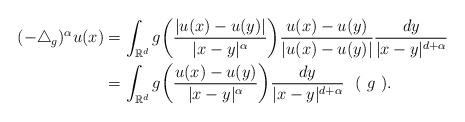
LaTeX: \begin{align*}(-\triangle_{g})^{\alpha}u(x)&=\int_{\mathbb{R}^{d}} g\bigg{(}\frac{|u(x)-u(y)|}{|x-y|^{\alpha}}\bigg{)}\frac{u(x)-u(y)}{|u(x)-u(y)|}\frac{dy}{|x-y|^{d+\alpha}}\\&= \int_{\mathbb{R}^{d}} g\bigg{(}\frac{u(x)-u(y)}{|x-y|^{\alpha}}\bigg{)}\frac{dy}{|x-y|^{d+\alpha}}\ \ (\ g\ ).\end{align*}